Lunatic asylums Burma 1907-21 - 1907-1921
Year: 1907
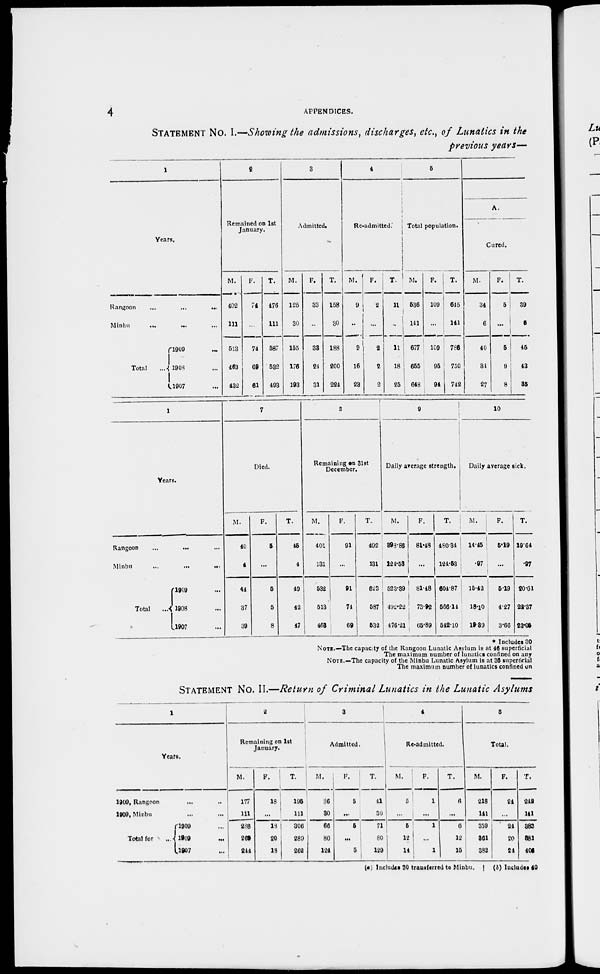
4
APPENDICES.
STATEMENT No. I.—Showing the admissions, discharges, etc., of Lunatics in the
previous years—
1
Years.
Rangoon
...
...
...
Minbu
...
... ...
Total ...
1909 ...
1908 ...
1907 ...
2
Remained on 1st
January.
M.
402
111
513
463
432
F.
74
...
74
69
61
T.
476
111
587
532
493
3
Admitted.
M.
125
30
155
176
193
F.
33
...
33
24
31
T.
158
30
188
200
224
4
Re-admitted
M.
9
...
9
16
23
F.
2
...
2
2
2
T.
11
...
11
18
25
5
Total population.
M.
536
141
677
655
648
F.
109
...
109
95
94
T.
645
141
786
750
742
A.
Cured.
M.
34
6
40
34
27
F.
5
...
5
9
8
T.
39
6
45
43
35
1
Years.
Rangoon
...
... ...
Minbu
...
...
...
Total ...
1909 ...
1908 ...
1907 ...
7
Died.
M.
40
4
44
37
39
F.
5
...
5
5
8
T.
45
4
49
42
47
8
Remaining on 31st
December.
M.
401
131
532
513
463
F.
91
...
91
74
69
T.
492
131
623
587
532
9
Daily average strength.
M.
398.86
124.53
523.39
492.22
476.21
F.
81.48
...
81.48
73.92
65.89
T.
480.34
124.53
604.87
566.14
542.10
10
Daily average sick.
M.
14.45
.97
15.42
18.10
19.39
F.
5.19
...
5.19
4.27
3.66
T.
19.64
.97
20.61
22.37
23.05
*
Includes 30
NOTE.— The capacity of the Rangoon Lunatic Asylum is at 46 superficial
The maximum number of lunatics confined on any
NOTE.—The capacity of the Minbu Lunatic Asylum is at 36 superficial
The maximum number of lunatics confined on
STATEMENT No. II.—Return of Criminal Lunatics in the Lunatic Asylums
1
Years.
1909, Rangoon ... ...
1909, Minbu ... ...
Total for ...
1909 ...
1908 ...
1907 ...
2
Remaining on 1st
January.
M.
177
111
288
269
244
F.
18
...
18
20
18
T.
195
111
306
289
262
3
Admitted.
M.
36
30
66
80
124
F.
5
...
5
...
5
T.
4 1
30
71
80
129
4
Re-admitted.
M.
5
...
5
12
14
F.
1
...
1
...
1
T.
6
...
6
12
15
5
Total.
M.
218
141
359
361
382
F.
24
...
24
20
24
T.
242
141
383
381
406
(a) Includes 30 transferred to Minbu. | (b) Includes 40